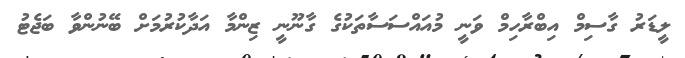
ލީޑަރު ގާސިމް އިބްރާހިމް ވަނީ މުއައްސަސާތަކުގެ ގާނޫނީ ޒިންމާ އަދާކުރުމަށް ބޭނުންވާ ބަޖެޓު